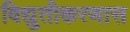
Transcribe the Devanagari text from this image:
विद्युतीकरणास